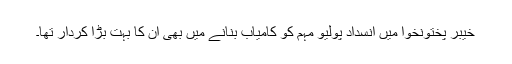
خیبر پختونخوا میں انسداد پولیو مہم کو کامیاب بنانے میں بھی ان کا بہت بڑا کردار تھا۔